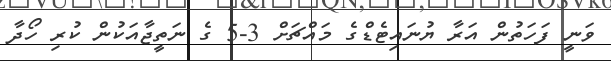
ވަނީ ފަހަތުން އަރާ ޔުނައިޓެޑްގެ މައްޗަށް 3-5 ގެ ނަތީޖާއަކުން ކުރި ހޯދާ